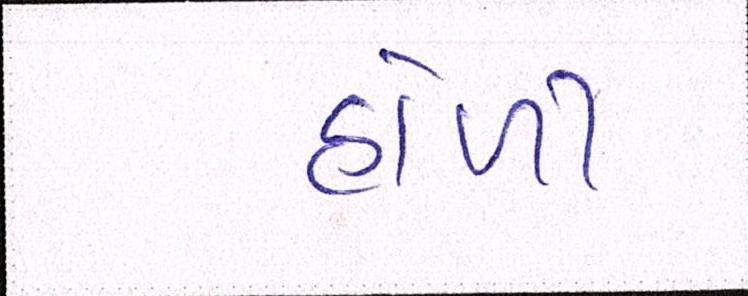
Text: હોળી